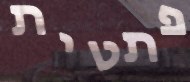
פתטית